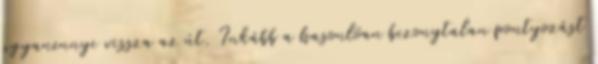
ugyanennyi vissza az út. Inkább a hasonlóan bizonytalan pontyozást